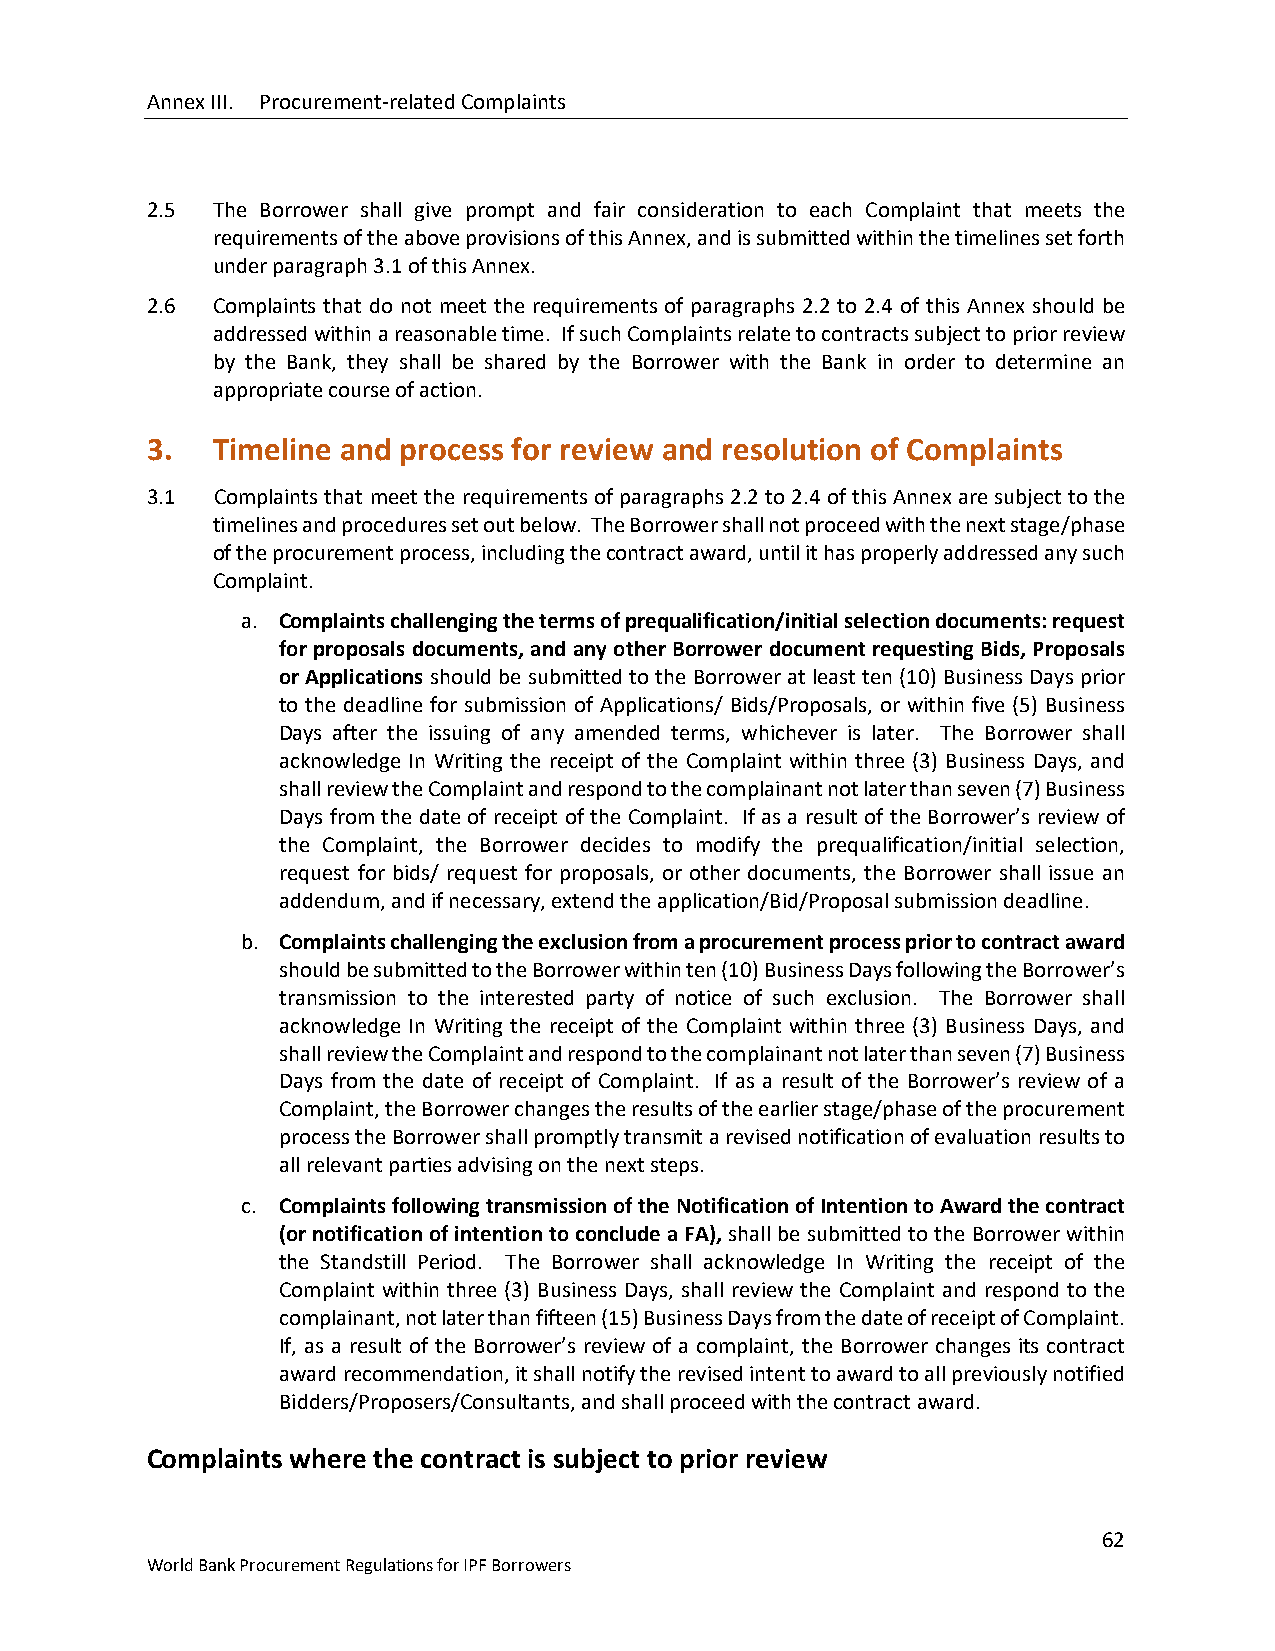
Annex III. Procurement-related Complaints
 2.5 The Borrower shall give prompt and fair consideration to each Complaint that meets the
 requirements of the above provisions of this Annex, and is submitted within the timelines set forth
 under paragraph 3.1 of this Annex.
 2.6 Complaints that do not meet the requirements of paragraphs 2.2 to 2.4 of this Annex should be
 addressed within a reasonable time. If such Complaints relate to contracts subject to prior review
 by the Bank, they shall be shared by the Borrower with the Bank in order to determine an
 appropriate course of action.
 3.  Timeline and process for review and resolution of Complaints
 3.1 Complaints that meet the requirements of paragraphs 2.2 to 2.4 of this Annex are subject to the
 timelines and procedures set out below. The Borrower shall not proceed with the next stage/phase
 of the procurement process, including the contract award, until it has properly addressed any such
 Complaint.
 a. Complaints challenging the terms of prequalification/initial selection documents: request
 for proposals documents, and any other Borrower document requesting Bids, Proposals
 or Applications should be submitted to the Borrower at least ten (10) Business Days prior
 to the deadline for submission of Applications/ Bids/Proposals, or within five (5) Business
 Days after the issuing of any amended terms, whichever is later. The Borrower shall
 acknowledge In Writing the receipt of the Complaint within three (3) Business Days, and
 shall review the Complaint and respond to the complainant not later than seven (7) Business
 Days from the date of receipt of the Complaint. If as a result of the Borrower’s review of
 the Complaint, the Borrower decides to modify the prequalification/initial selection,
 request for bids/ request for proposals, or other documents, the Borrower shall issue an
 addendum, and if necessary, extend the application/Bid/Proposal submission deadline.
 b. Complaints challenging the exclusion from a procurement process prior to contract award
 should be submitted to the Borrower within ten (10) Business Days following the Borrower’s
 transmission to the interested party of notice of such exclusion. The Borrower shall
 acknowledge In Writing the receipt of the Complaint within three (3) Business Days, and
 shall review the Complaint and respond to the complainant not later than seven (7) Business
 Days from the date of receipt of Complaint. If as a result of the Borrower’s review of a
 Complaint, the Borrower changes the results of the earlier stage/phase of the procurement
 process the Borrower shall promptly transmit a revised notification of evaluation results to
 all relevant parties advising on the next steps.
 c. Complaints following transmission of the Notification of Intention to Award the contract
 (or notification of intention to conclude a FA), shall be submitted to the Borrower within
 the Standstill Period. The Borrower shall acknowledge In Writing the receipt of the
 Complaint within three (3) Business Days, shall review the Complaint and respond to the
 complainant, not later than fifteen (15) Business Days from the date of receipt of Complaint.
 If, as a result of the Borrower’s review of a complaint, the Borrower changes its contract
 award recommendation, it shall notify the revised intent to award to all previously notified
 Bidders/Proposers/Consultants, and shall proceed with the contract award.
 Complaints where the contract is subject to prior review
 62
 World Bank Procurement Regulations for IPF Borrowers